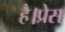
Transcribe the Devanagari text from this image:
है।प्रेस